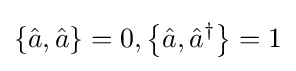
\left\{{\hat {a}},{\hat {a}}\right\}=0,\left\{{\hat {a}},{\hat {a}}^{\dagger }\right\}=1